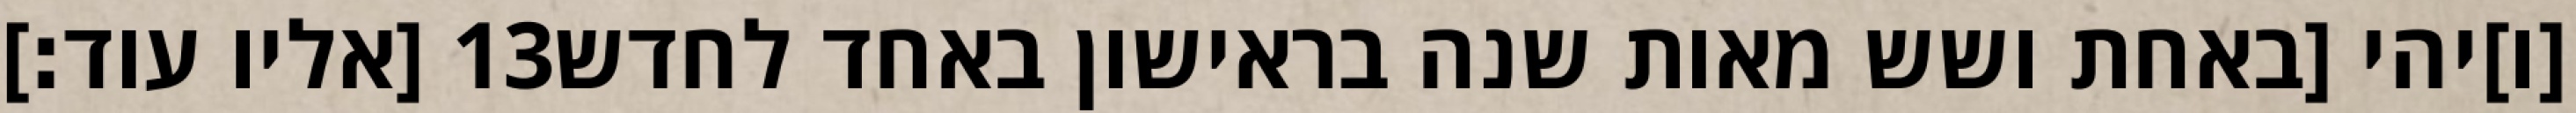
[אליו עוד׃] ‎13‏ [ו]יהי [באחת ושש מאות שנה בראישון באחד לחדש